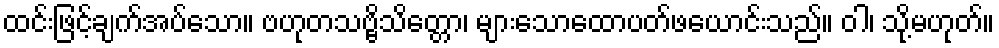
ထင်းဖြင့်ချက်အပ်သော။ ဗဟုတသဗ္ဗိသိတ္တော၊ များသောထောပတ်ဖယောင်းသည်။ ဝါ၊ သို့မဟုတ်။